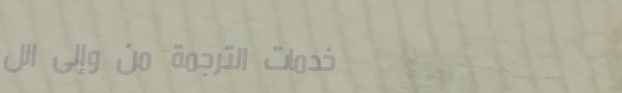
خدمات الترجمة من وإلى الل